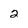
Character: 2